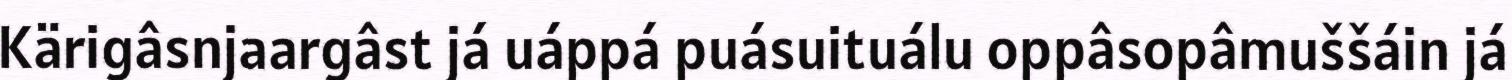
Kärigâsnjaargâst já uáppá puásuituálu oppâsopâmuššáin já